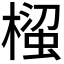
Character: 𭫵